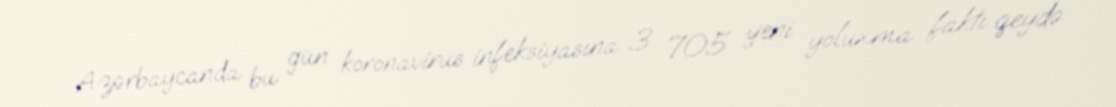
Azərbaycanda bu gün koronavirus infeksiyasına 3 705 yeni yoluxma faktı qeydə